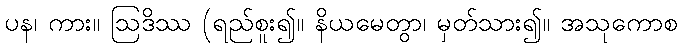
ပန၊ ကား။ ဩဒိဿ (ရည်စူး၍။ နိယမေတွာ၊ မှတ်သား၍။ အသုကောစ